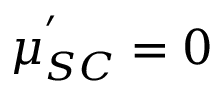
\mu _ { S C } ^ { ' } = 0